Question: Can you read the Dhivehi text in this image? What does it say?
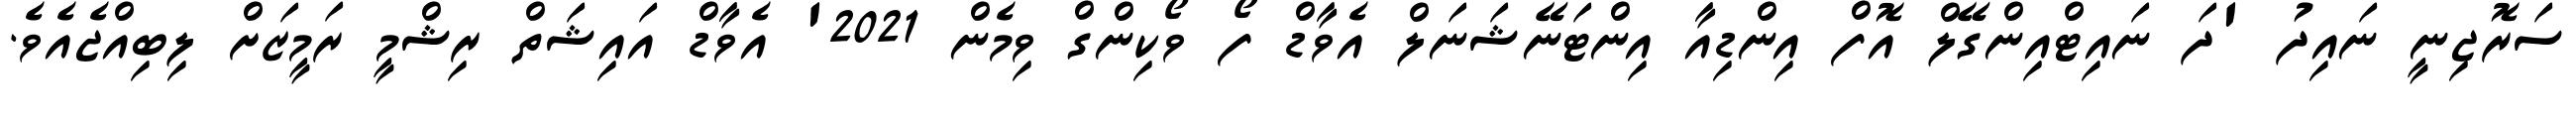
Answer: ސަރޮޖިނީ ނައިދު 'ދަ ނައިޓްއިންގޭލް އޮފް އިންޑިއާ އިންޓަނޭޝަނަލް އެވާޑް ފޯ ވޯކިންގް ވިމެން 2021' އެވާޑް އައިޝަތް ރިޝްމީ ރަމީޒަށް ލިބިއްޖެއެވެ.